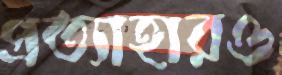
প্রত্যাহারও